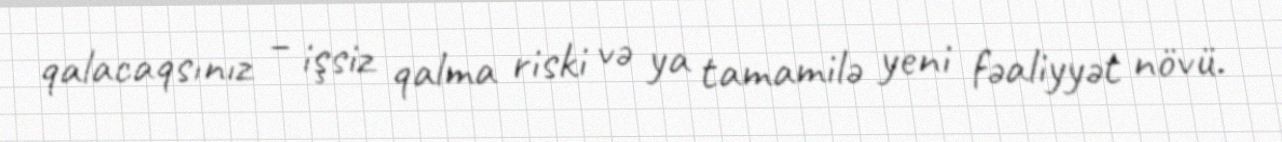
qalacaqsınız – işsiz qalma riski və ya tamamilə yeni fəaliyyət növü.